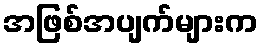
အဖြစ်အပျက်များက